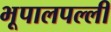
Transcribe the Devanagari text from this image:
भूपालपल्ली